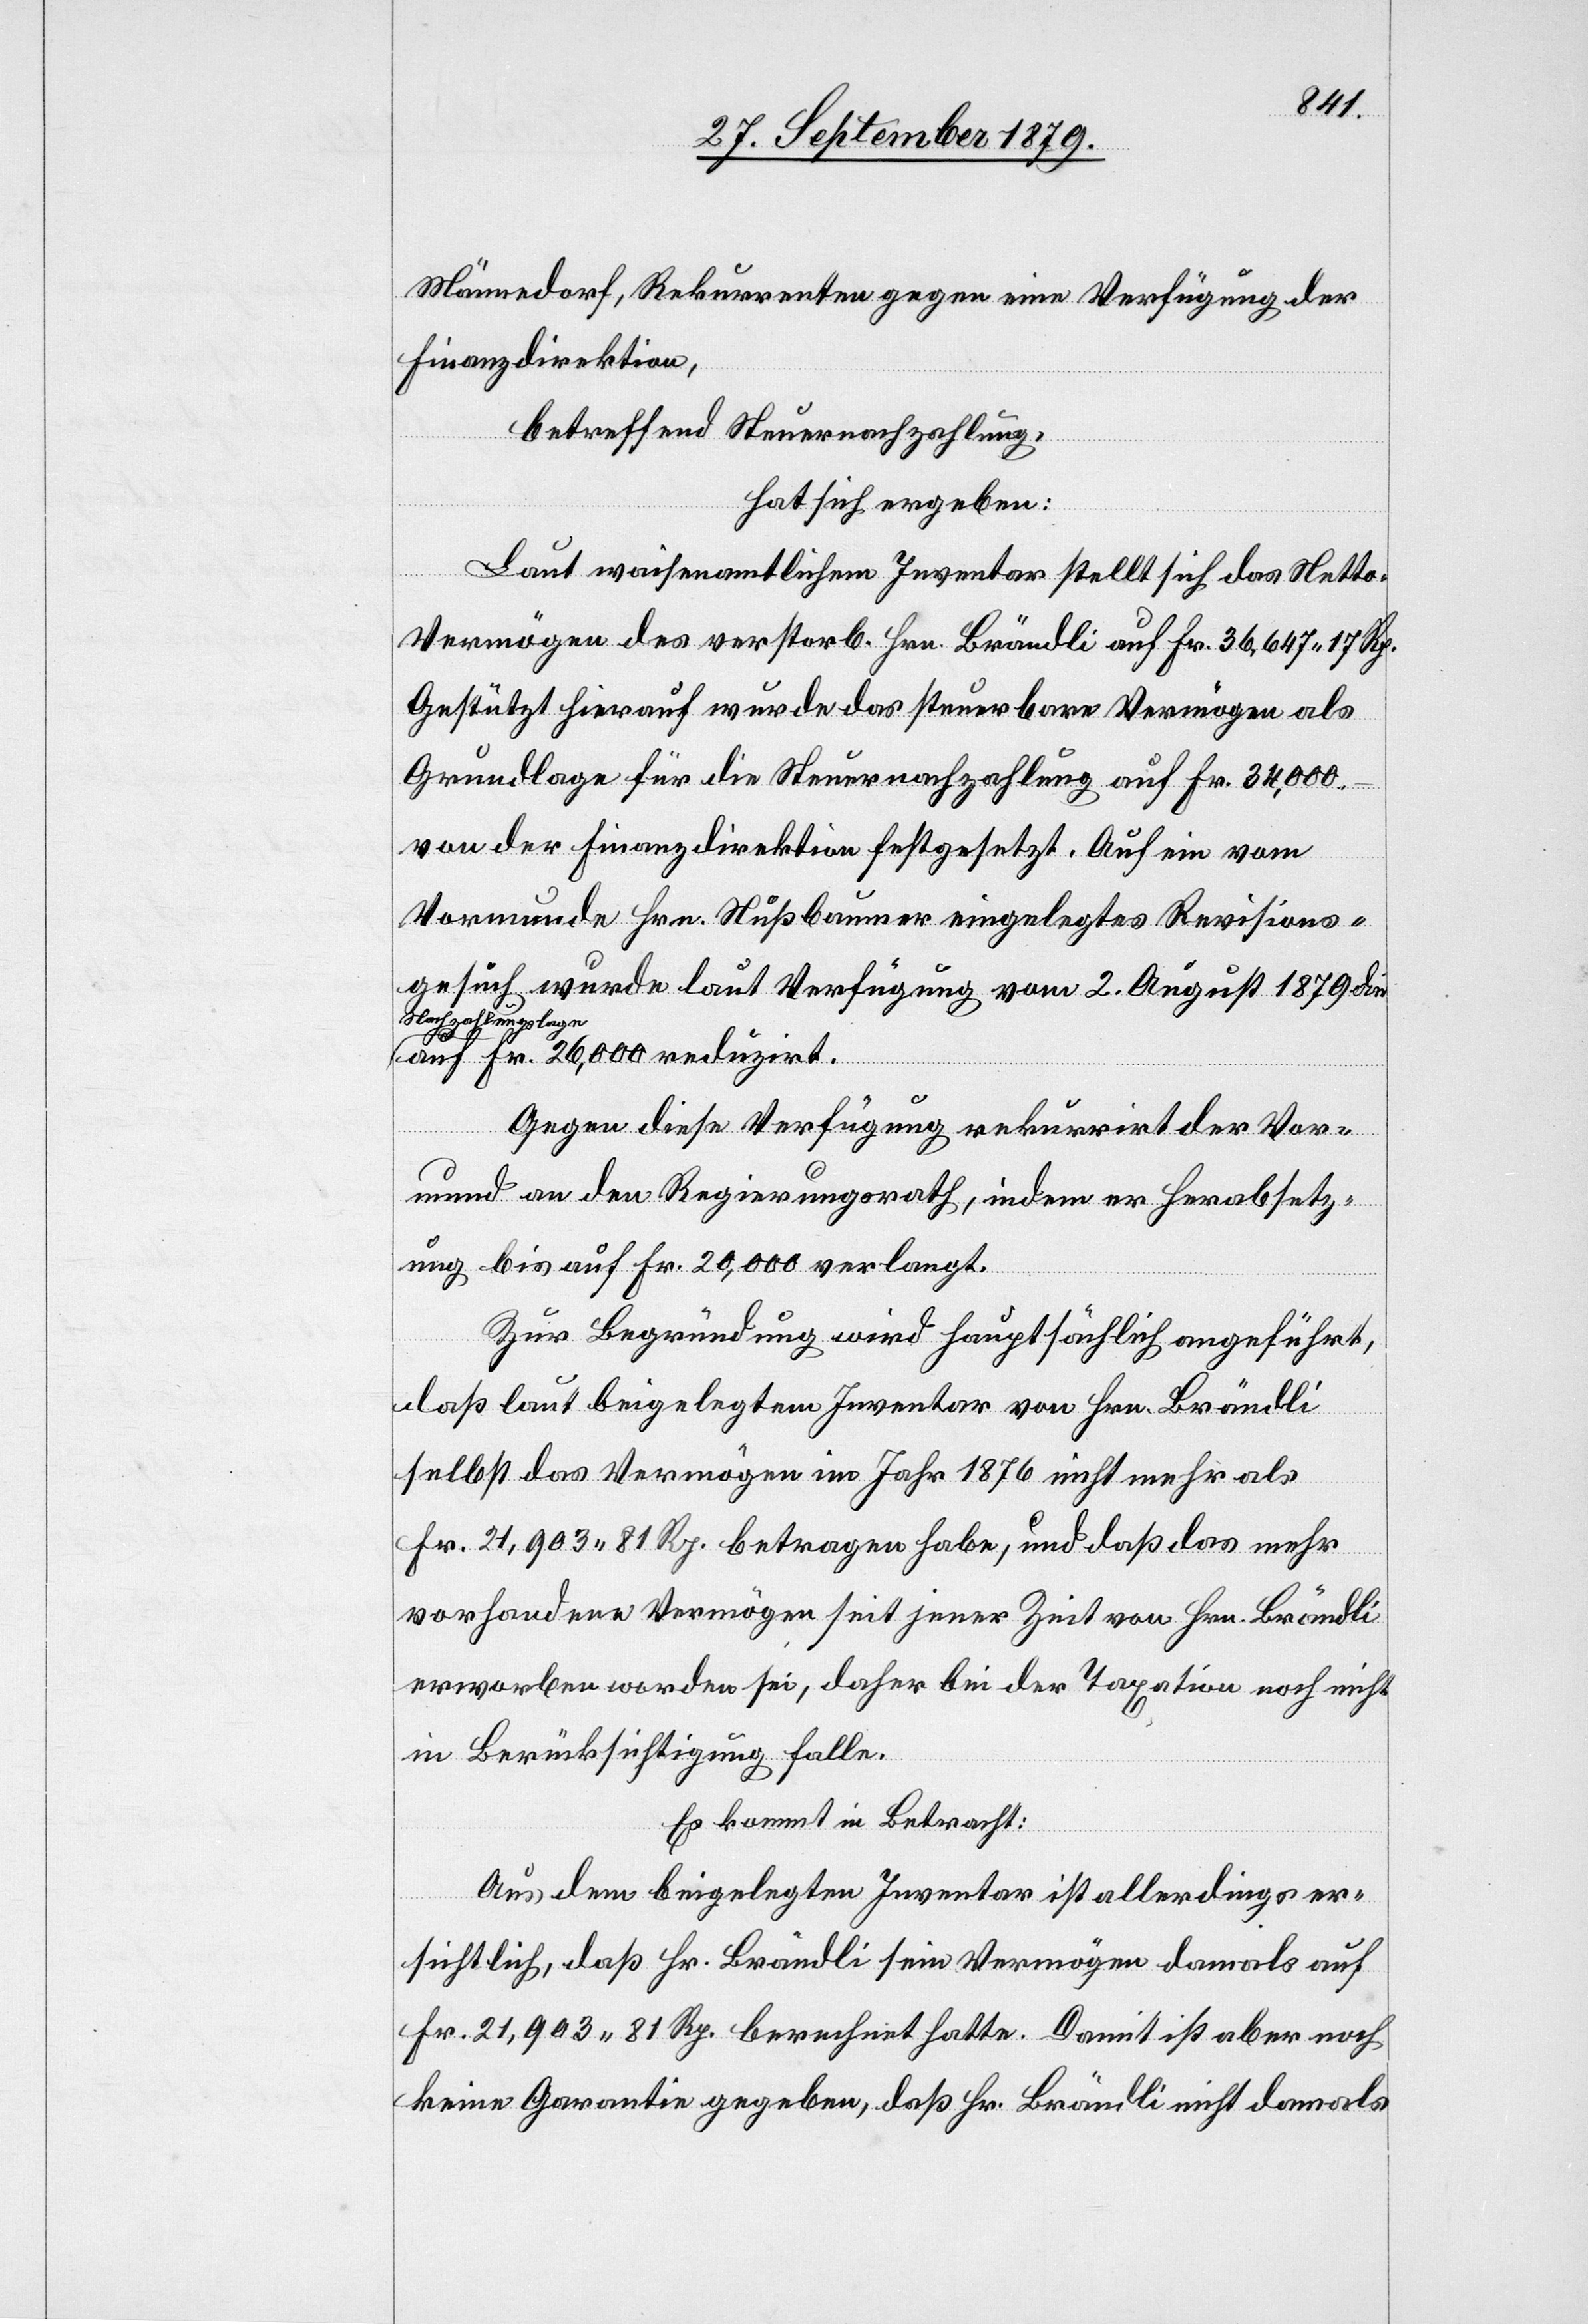
Männedorf, Rekurrenten gegen eine Verfügung der
Finanzdirektion,
betreffend Steuernachzahlung,
hat sich ergeben:
Laut waisenamtlichem Inventar stellt sich das Netto-V¬
ermögen des verstorb. Hrn. Brändli auf Fr. 36,647 17 Rp.
Gestützt hierauf wurde das steuerbare Vermögen als
Grundlage für die Steuernachzahlung auf Fr. 34,000.–
von der Finanzdirektion festgesetzt. Auf ein vom
Vormunde Hrn. Nußbaumer eingelegtes Revisions¬
gesuch wurde laut Verfügung vom 2. August 1879 die
Nachzahlungslage
auf Fr. 26,000 reduzirt.
Gegen diese Verfügung rekurrirt der Vor¬
mund an den Regierungsrath, indem er Herabsetz¬
ung bis auf Fr. 20,000 verlangt.
Zur Begründung wird hauptsächlich angeführt,
daß laut beigelegtem Inventar von Hrn. Brändli
selbst das Vermögen im Jahr 1876 nicht mehr als
Fr. 21,903 81 Rp. betragen habe, und daß das mehr
vorhandene Vermögen seit jener Zeit von Hrn. Brändli
erworben worden sei, daher bei der Taxation noch nicht
in Berücksichtigung falle.
Es kommt in Betracht:
Aus dem beigelegten Inventar ist allerdings er¬
sichtlich, daß Hr. Brändli sein Vermögen damals auf
Fr. 21,903 81 Rp. berechnet hatte. Damit ist aber noch
keine Garantie gegeben, daß Hr. Brändli nicht damals